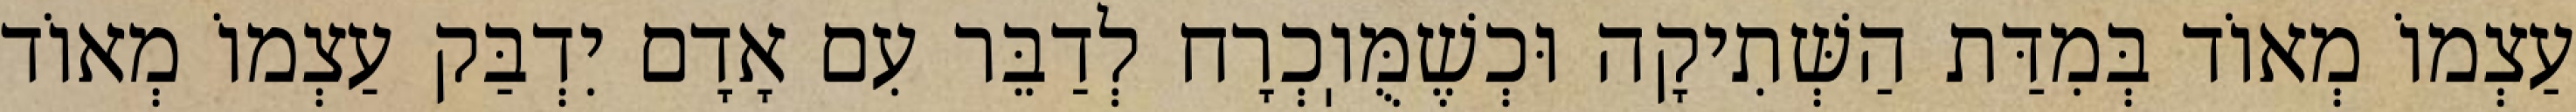
עַצְמוֹ מְאוֹד בְּמִדַּת הַשְּׁתִיקָה וּכְשֶׁמֻּוֽכְרָח לְדַבֵּר עִם אָדָם יִדְבַּק עַצְמוֹ מְאוֹד